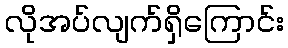
လိုအပ်လျက်ရှိကြောင်း